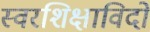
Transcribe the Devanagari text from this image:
स्वरशिक्षाविदों